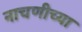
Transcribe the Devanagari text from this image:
नाचणीच्या